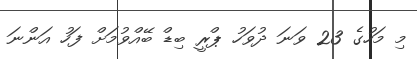
މި މަހުގެ 23 ވަނަ ދުވަހު ޕްރީ ބިޑް ބޭއްވުމަށް ފަހު އަންނަ